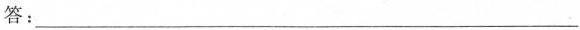
答：___